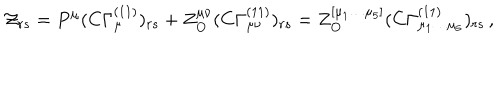
LaTeX: { \cal { Z } } _ { r s } = P ^ { \mu } ( C \Gamma _ { \mu } ^ { ( 1 1 ) } ) _ { r s } + Z _ { \bf { O } } ^ { \mu \nu } ( C \Gamma _ { \mu \nu } ^ { ( 1 1 ) } ) _ { r s } = Z _ { \bf { O } } ^ { [ \mu _ { 1 } \ldots \mu _ { 5 } ] } ( C \Gamma _ { \mu _ { 1 } \ldots \mu _ { 5 } } ^ { ( 1 1 ) } ) _ { r s } \, ,